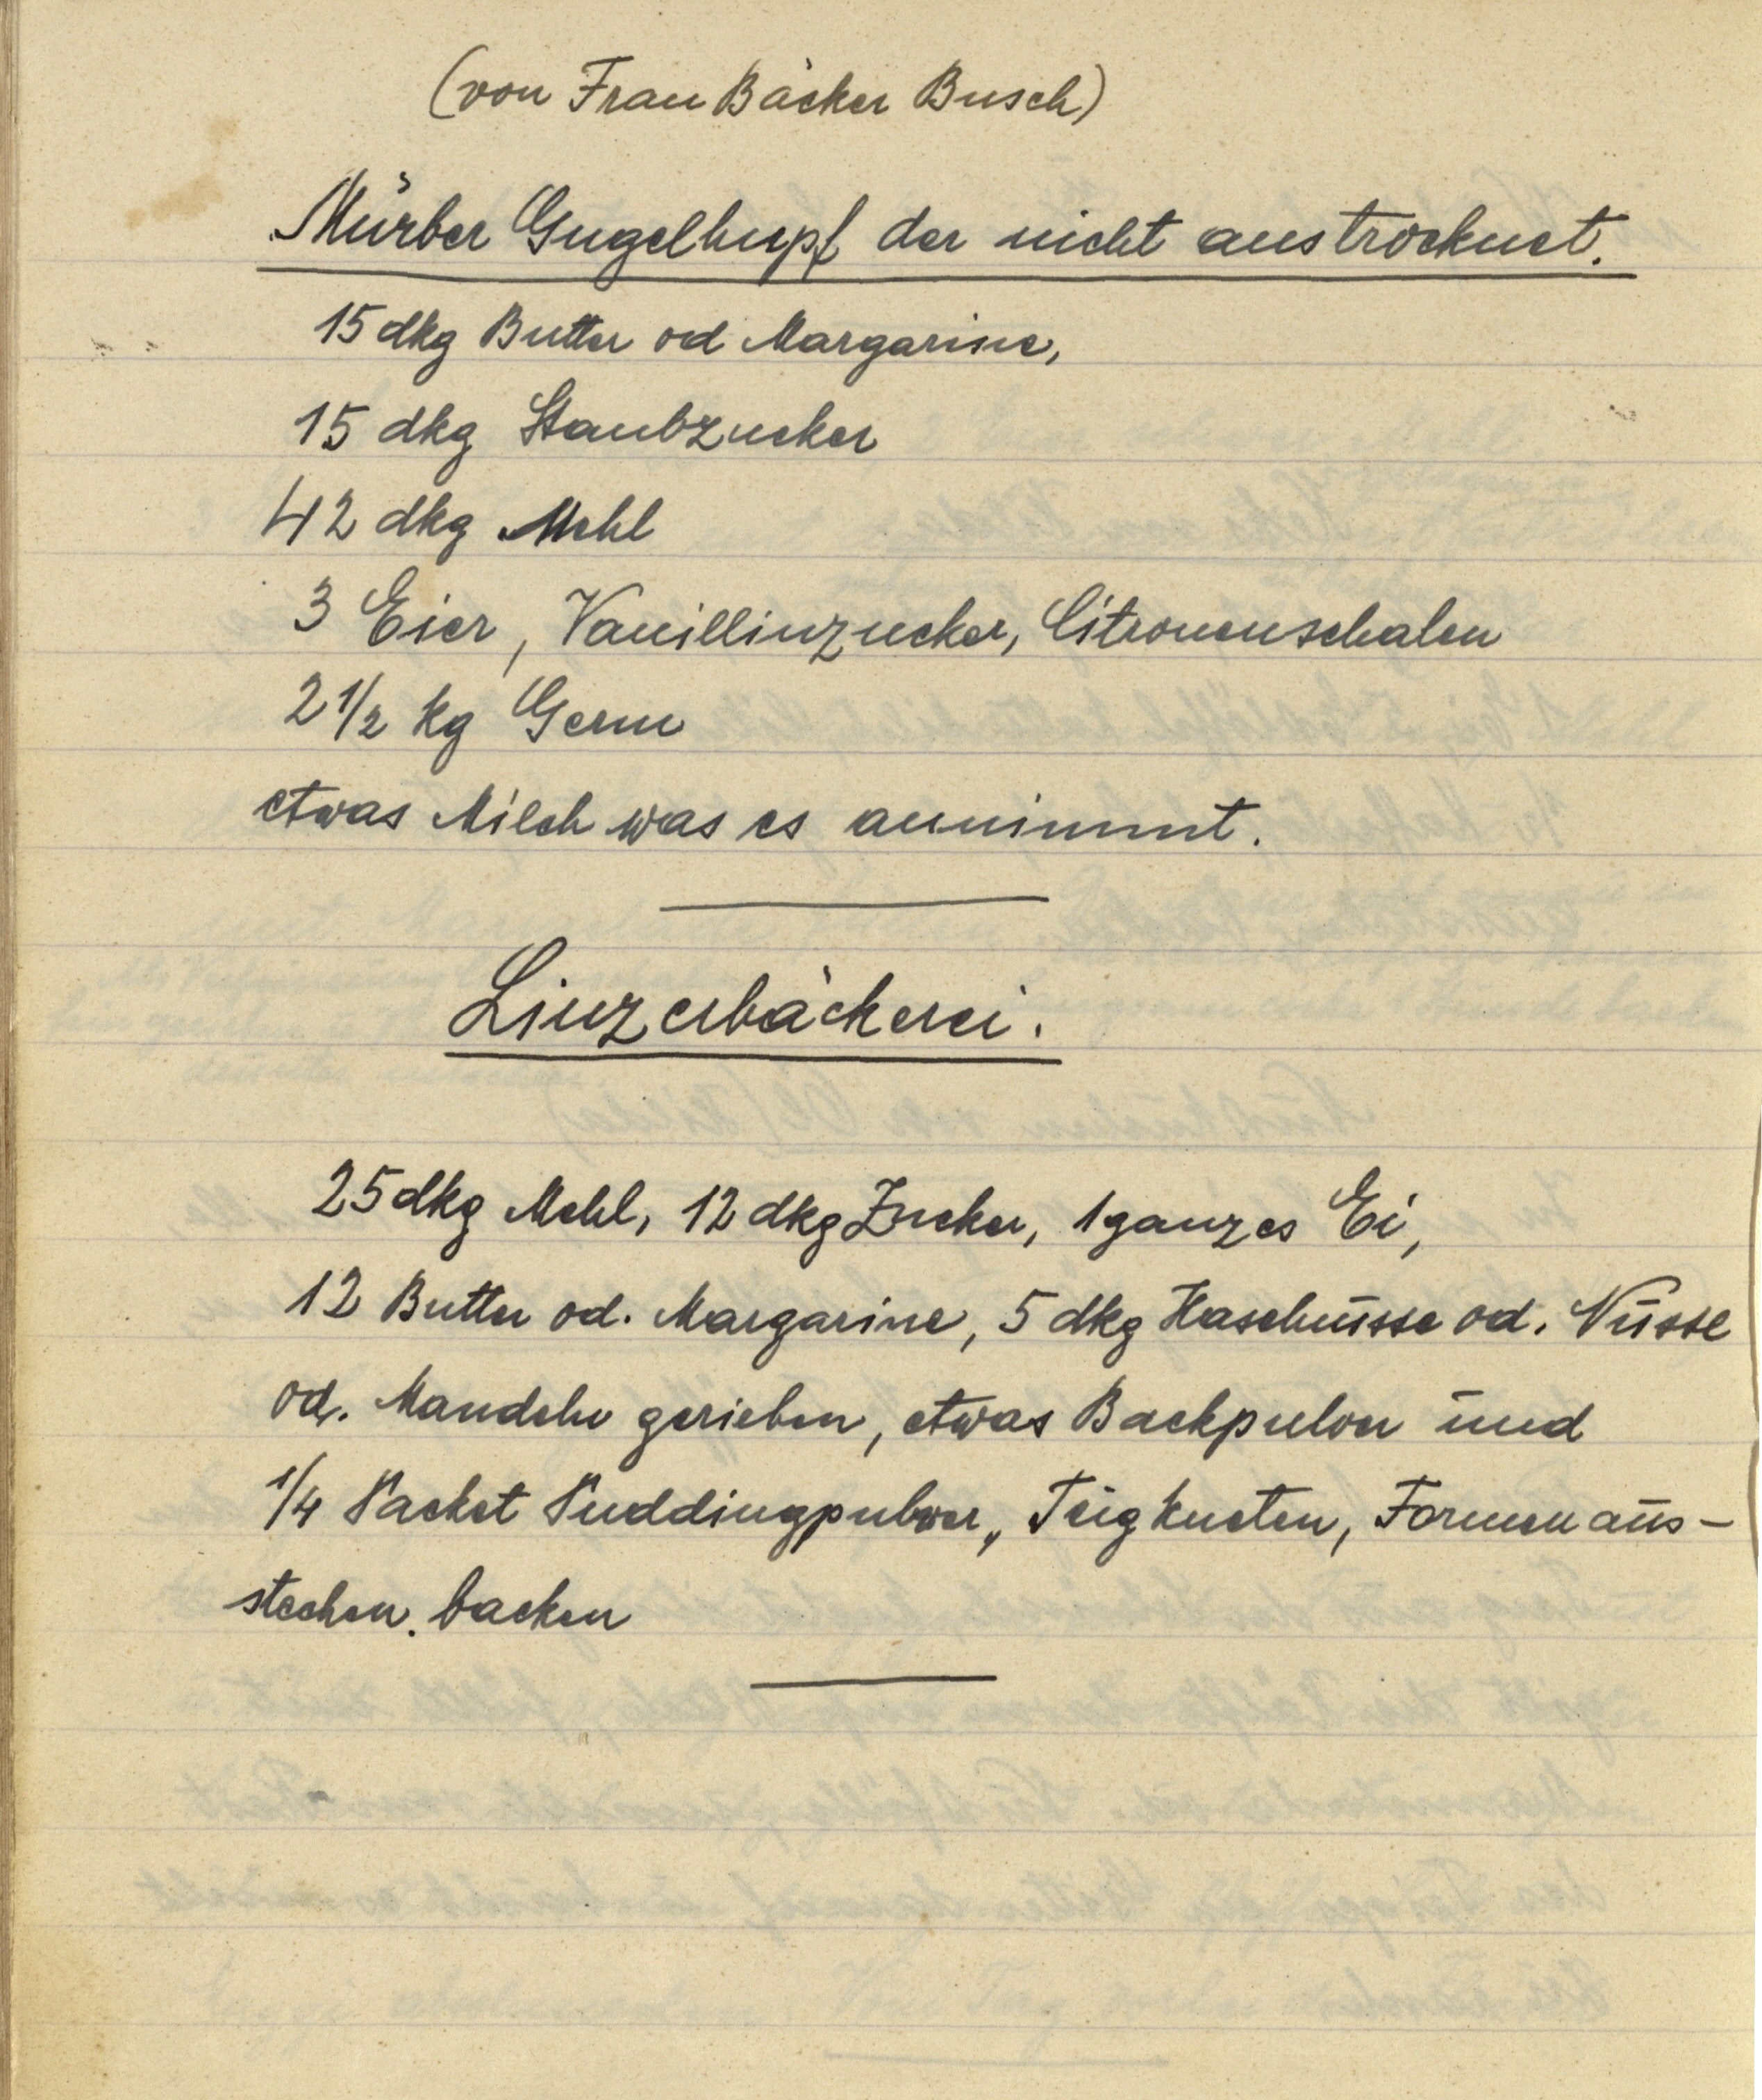
(von Frau Bäcker Busch)

Mürber Gugelhupf der nicht austrocknet.
15 dkg Butter od. Margarine,
15 dkg Staubzucker
42 dkg Mehl
3 Eier, Vanillinzucker, Citronenschalen
2 ½ kg Germ
etwas Milch was es annimmt.

Linzerbäckerei.

25 dkg Mehl, 12 dkg Zucker, 1 ganzes Ei,
12 Butter od. Margarine, 5 dkg Haselnüsse od. Nüsse
od. Mandeln gerieben, etwas Backpulver und
¼ Packet Puddingpulver, Teig kneten, Formen aus¬
stechen, backen